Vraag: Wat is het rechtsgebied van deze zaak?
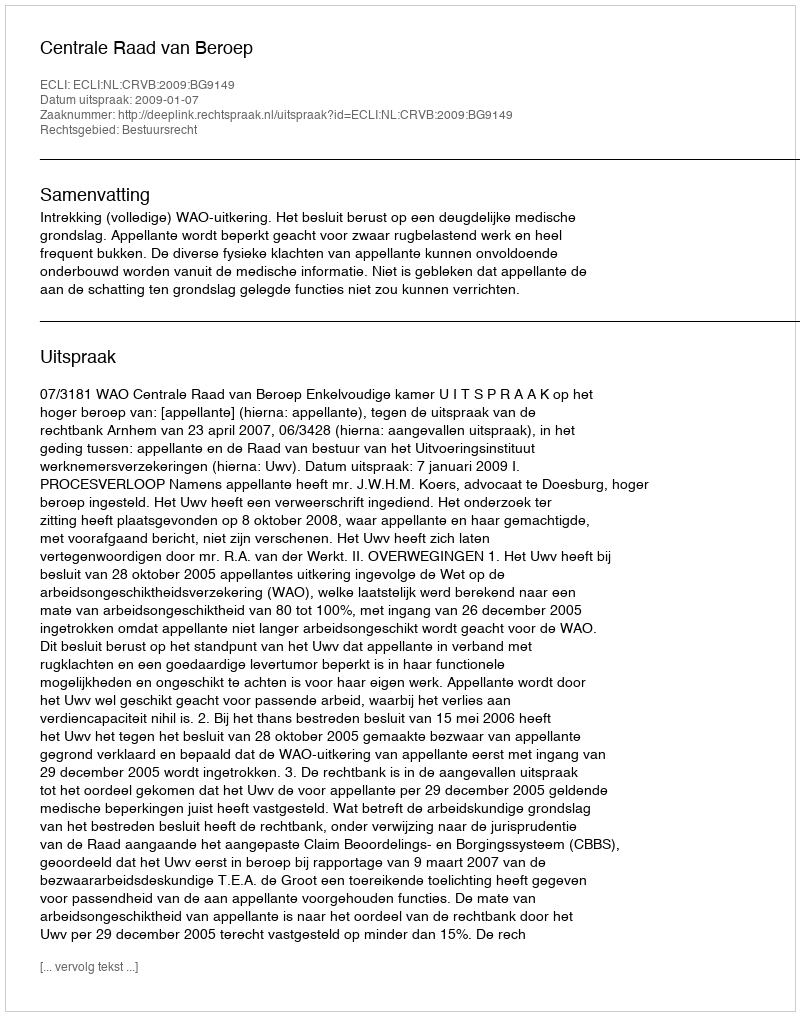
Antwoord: Bestuursrecht